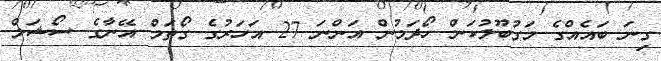
ގިނަ ބައެއްގެ މަގުބޫލުކަން ހޯދަމުން އަންނަ 27 އަހަރުގެ ގޯތަމް އޭނާގެ ސޯޝަލް